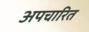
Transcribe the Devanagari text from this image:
अपचारित